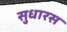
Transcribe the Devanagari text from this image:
सुधारस